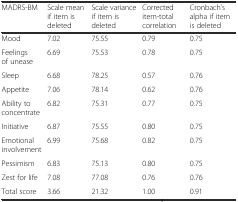
<table><thead><tr><td><b>MADRS-BM</b></td><td><b>Scale mean if item is deleted</b></td><td><b>Scale variance if item is deleted</b></td><td><b>Corrected item-total correlation</b></td><td><b>Cronbach’s alpha if item is deleted</b></td></tr></thead><tbody><tr><td>Mood</td><td>7.02</td><td>75.55</td><td>0.79</td><td>0.75</td></tr><tr><td>Feelings of unease</td><td>6.69</td><td>75.53</td><td>0.78</td><td>0.75</td></tr><tr><td>Sleep</td><td>6.68</td><td>78.25</td><td>0.57</td><td>0.76</td></tr><tr><td>Appetite</td><td>7.06</td><td>78.14</td><td>0.62</td><td>0.76</td></tr><tr><td>Ability to concentrate</td><td>6.82</td><td>75.31</td><td>0.77</td><td>0.75</td></tr><tr><td>Initiative</td><td>6.87</td><td>75.55</td><td>0.80</td><td>0.75</td></tr><tr><td>Emotional involvement</td><td>6.99</td><td>75.68</td><td>0.82</td><td>0.75</td></tr><tr><td>Pessimism</td><td>6.83</td><td>75.13</td><td>0.80</td><td>0.75</td></tr><tr><td>Zest for life</td><td>7.08</td><td>77.08</td><td>0.76</td><td>0.76</td></tr><tr><td>Total score</td><td>3.66</td><td>21.32</td><td>1.00</td><td>0.91</td></tr></tbody></table>